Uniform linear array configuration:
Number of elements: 64
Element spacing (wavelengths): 0.25
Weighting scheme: blackman
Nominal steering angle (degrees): -15
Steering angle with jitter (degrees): -15.41
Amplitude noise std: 0.05
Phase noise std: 0.05

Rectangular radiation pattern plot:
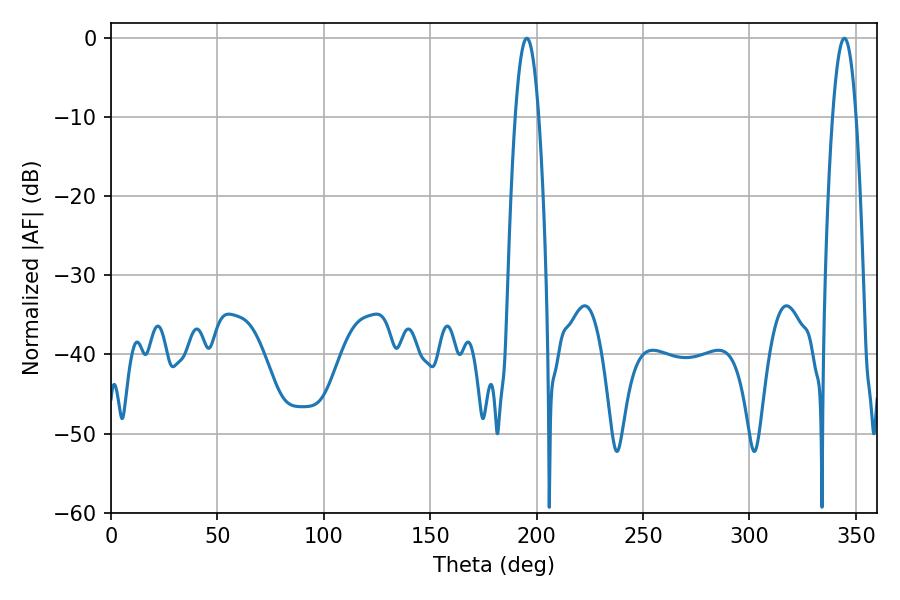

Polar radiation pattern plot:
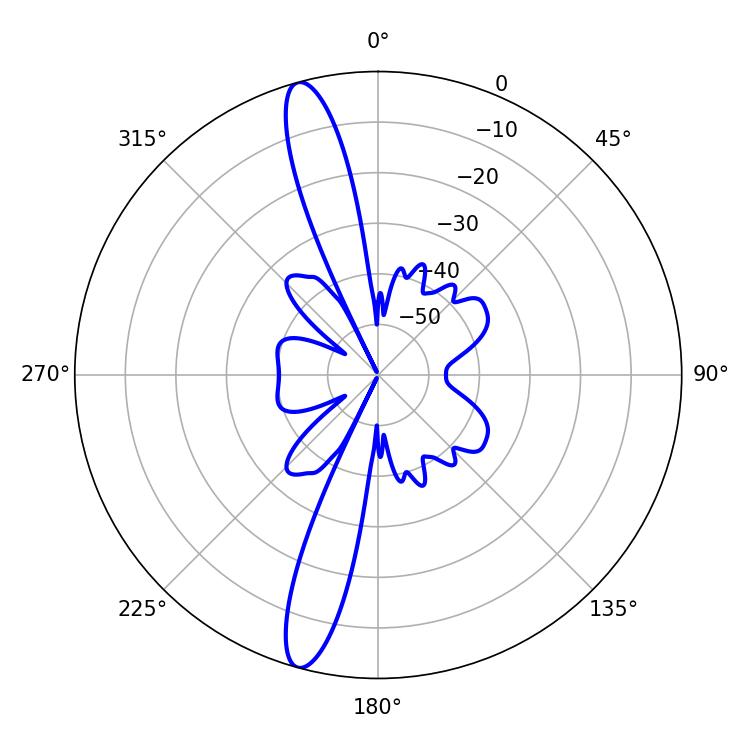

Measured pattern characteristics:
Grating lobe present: FALSE
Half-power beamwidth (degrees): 5.94
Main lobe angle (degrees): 195.3